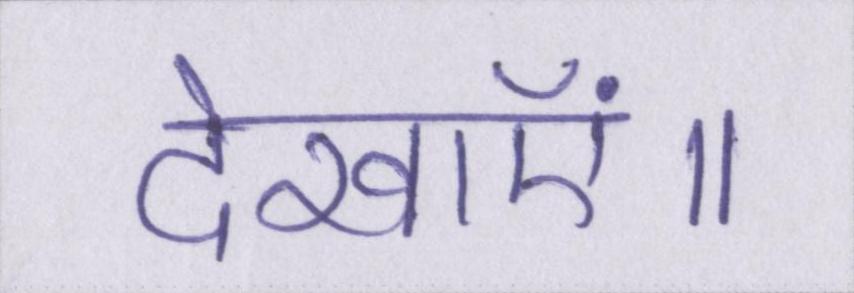
देखाएं॥